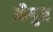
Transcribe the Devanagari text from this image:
औगुज